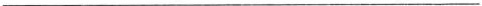
___